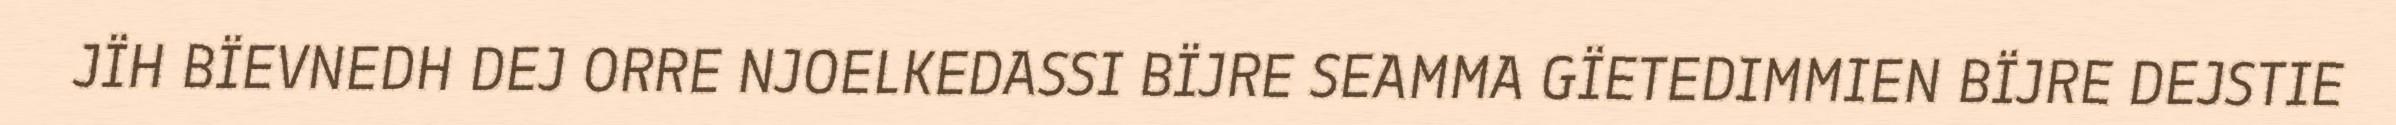
JÏH BÏEVNEDH DEJ ORRE NJOELKEDASSI BÏJRE SEAMMA GÏETEDIMMIEN BÏJRE DEJSTIE